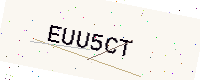
Text: EUU5CT